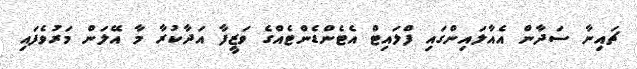
ޗައިނާ ސަދާން އެއާލައިންގައި ފްލައިޓް އެޓެންޑެންޓެއްގެ ވަޒީފާ އަދާކުރާ މާ އޭލަން މަރުވެފައި